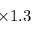
\times 1 . 3